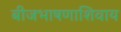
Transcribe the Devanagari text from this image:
बीजभाषणाशिवाय